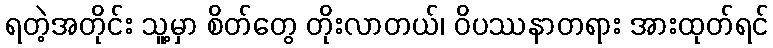
ရတဲ့အတိုင်း သူ့မှာ စိတ်တွေ တိုးလာတယ်၊ ဝိပဿနာတရား အားထုတ်ရင်